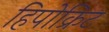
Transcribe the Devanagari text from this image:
हिपोक्रिट